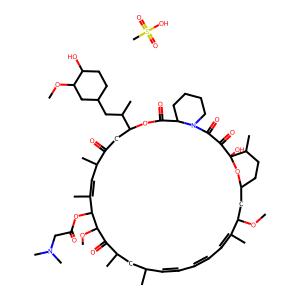
SMILES: COC1CC2CCC(C)C(O)(O2)C(=O)C(=O)N2CCCCC2C(=O)OC(C(C)CC2CCC(O)C(OC)C2)CC(=O)C(C)C=C(C)C(OC(=O)CN(C)C)C(OC)C(=O)C(C)CC(C)C=CC=CC=C1C.CS(=O)(=O)O
Inhibits HIV replication: No